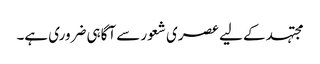
مجتہد کے لیے عصری شعور سے آگاہی ضروری ہے۔